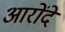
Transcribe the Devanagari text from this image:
आरोंदे